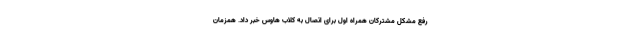
رفع مشکل مشترکان همراه اول برای اتصال به کلاب هاوس خبر داد. همزمان